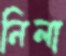
নিলা